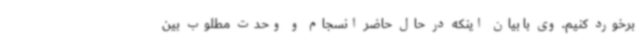
برخورد کنیم. وی با بیان اینکه در حال حاضر انسجام و وحدت مطلوب بین